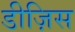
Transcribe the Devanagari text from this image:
डीज़िस